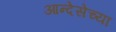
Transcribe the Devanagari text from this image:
आन्देसेच्या